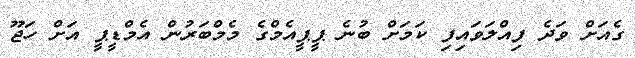
ގެއަށް ވަދެ ފިއްލަވައިފި ކަމަށް ބުނެ ޕީޕީއެމްގެ މެމްބަރުން އެމްޑީޕީ އަށް ހަޖޫ